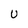
Character: u